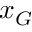
x _ { G }